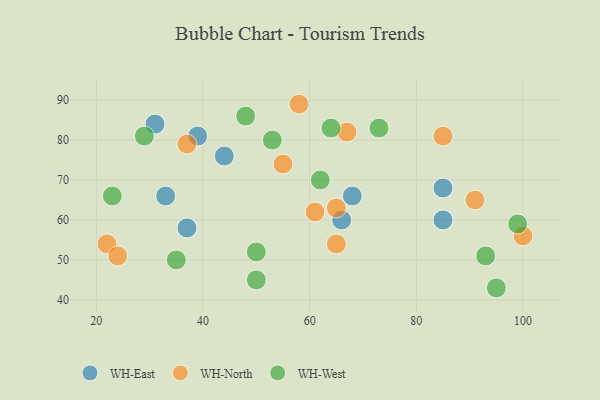
{"axis": {"x": "GDP", "y": "Life Expectancy"}, "legend": ["WH-East", "WH-North", "WH-West"], "data": [{"x": "85", "y": 68, "type": "WH-East"}, {"x": "68", "y": 66, "type": "WH-East"}, {"x": "44", "y": 76, "type": "WH-East"}, {"x": "85", "y": 60, "type": "WH-East"}, {"x": "37", "y": 58, "type": "WH-East"}, {"x": "39", "y": 81, "type": "WH-East"}, {"x": "33", "y": 66, "type": "WH-East"}, {"x": "66", "y": 60, "type": "WH-East"}, {"x": "31", "y": 84, "type": "WH-East"}, {"x": "22", "y": 54, "type": "WH-North"}, {"x": "61", "y": 62, "type": "WH-North"}, {"x": "58", "y": 89, "type": "WH-North"}, {"x": "91", "y": 65, "type": "WH-North"}, {"x": "65", "y": 63, "type": "WH-North"}, {"x": "55", "y": 74, "type": "WH-North"}, {"x": "65", "y": 54, "type": "WH-North"}, {"x": "100", "y": 56, "type": "WH-North"}, {"x": "85", "y": 81, "type": "WH-North"}, {"x": "67", "y": 82, "type": "WH-North"}, {"x": "24", "y": 51, "type": "WH-North"}, {"x": "37", "y": 79, "type": "WH-North"}, {"x": "29", "y": 81, "type": "WH-West"}, {"x": "48", "y": 86, "type": "WH-West"}, {"x": "50", "y": 52, "type": "WH-West"}, {"x": "99", "y": 59, "type": "WH-West"}, {"x": "53", "y": 80, "type": "WH-West"}, {"x": "93", "y": 51, "type": "WH-West"}, {"x": "50", "y": 45, "type": "WH-West"}, {"x": "23", "y": 66, "type": "WH-West"}, {"x": "62", "y": 70, "type": "WH-West"}, {"x": "64", "y": 83, "type": "WH-West"}, {"x": "95", "y": 43, "type": "WH-West"}, {"x": "73", "y": 83, "type": "WH-West"}, {"x": "35", "y": 50, "type": "WH-West"}]}